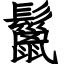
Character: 鬣